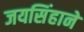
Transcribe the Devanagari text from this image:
जयसिंहाने